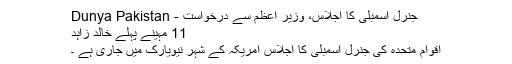
جنرل اسمبلی کا اجلاس، وزیرِ اعظم سے درخواست - Dunya Pakistan
11 مہینے پہلے خالد زاہد
اقوام متحدہ کی جنرل اسمبلی کا اجلاس امریکہ کے شہر نیویارک میں جاری ہے ۔